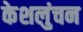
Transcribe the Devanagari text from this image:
केशलुंचन